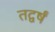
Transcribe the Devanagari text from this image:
तद्वर्षं